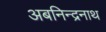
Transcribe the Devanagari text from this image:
अबनिन्द्रनाथ